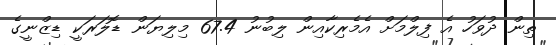
ތިން ދުވަހު އެ ފިލްމަށް އެމެރިކާއިން ލިބުނު 67.4 މިލިޔަން ޑޮލަރަކީ ޑިޒްނީގެ